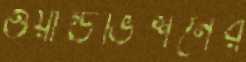
ওয়ার্ল্ডভিশনের